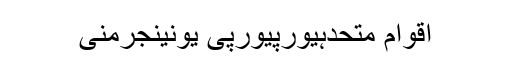
اقوام متحدہیورپیورپی یونینجرمنی